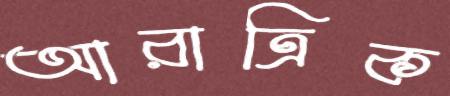
আরাত্রিক